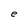
Character: e